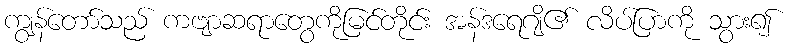
ကျွန်တော်သည် ကဗျာဆရာတွေကိုမြင်တိုင်း အန်ဒရေဂျိ၏ လိပ်ပြာကို သွား၍